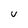
Character: U